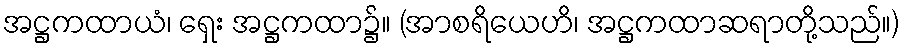
အဋ္ဌကထာယံ၊ ရှေး အဋ္ဌကထာ၌။ (အာစရိယေဟိ၊ အဋ္ဌကထာဆရာတို့သည်။)